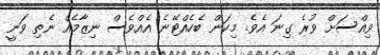
ވިއްސަށް ވުރެ ގިނަ އެވެ. މިކަން ބެހެެއްޓޭނެ އެއްވެސް ނިޒާމެއް ނެތި ވަނީ